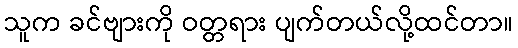
သူက ခင်ဗျားကို ဝတ္တရား ပျက်တယ်လို့ထင်တာ။